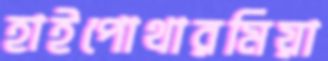
হাইপোথারমিয়া